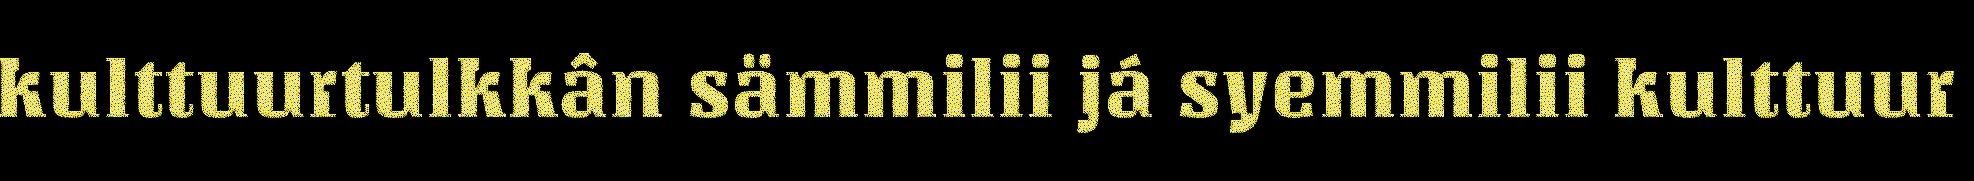
kulttuurtulkkân sämmilii já syemmilii kulttuur